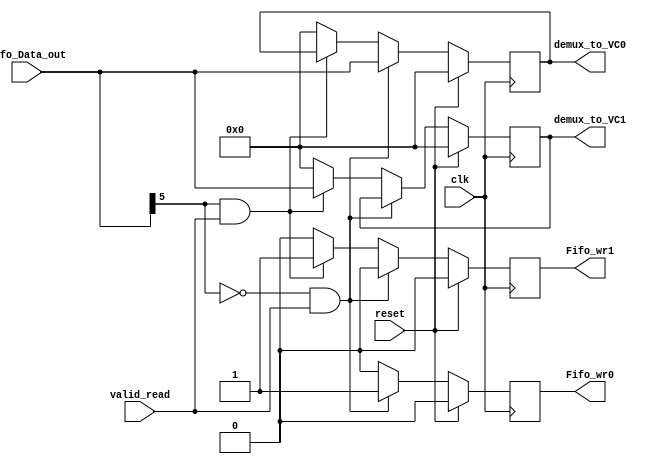
module demux_id#(parameter BITNUMBER = 6,
			parameter LENGTH = 4*1)(
    input [BITNUMBER-1:0] Fifo_Data_out,
    input clk,
    input reset,
    input valid_read,
    output reg [BITNUMBER-1:0] demux_to_VC0,
    output reg [BITNUMBER-1:0] demux_to_VC1,
    output reg Fifo_wr0,
    output reg Fifo_wr1
    );

always @(posedge clk) begin
    if (reset) begin
        {Fifo_wr0, Fifo_wr1, demux_to_VC0, demux_to_VC1} <= 0;
    end
    else begin
        if (Fifo_Data_out[BITNUMBER-1] == 0 && valid_read) begin
            demux_to_VC0 <= Fifo_Data_out;
            Fifo_wr0 <= 1;
            Fifo_wr1 <= 0;
        end
        else if(Fifo_Data_out[BITNUMBER-1] == 1 && valid_read) begin
            demux_to_VC1 <= Fifo_Data_out;
            Fifo_wr1 <= 1;
            Fifo_wr0 <= 0;
        end
        else
            {Fifo_wr0, Fifo_wr1, demux_to_VC0, demux_to_VC1} <= 0;
    end
end
endmodule